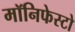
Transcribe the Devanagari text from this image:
मॉनिफेस्टो